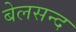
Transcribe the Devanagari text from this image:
बेलसन्द